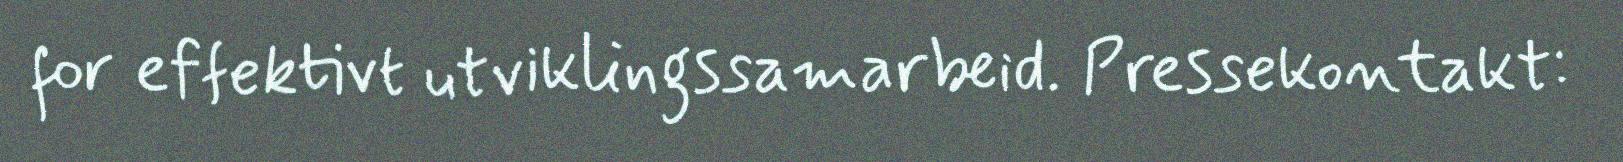
for effektivt utviklingssamarbeid. Pressekontakt: